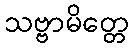
သဗ္ဗာမိတ္တေ